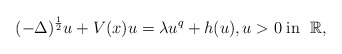
\begin{align*}(-\Delta)^{\frac{1}{2}} u+ V(x) u= \lambda u^{q} + h(u) , u> 0 \;\textrm{in } \;\mathbb R,\end{align*}